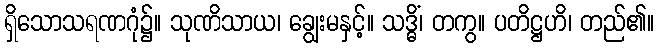
ရှိသောသရဏဂုံ၌။ သုဏိသာယ၊ ချွေးမနှင့်။ သဒ္ဓိံ၊ တကွ။ ပတိဋ္ဌဟိ၊ တည်၏။